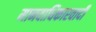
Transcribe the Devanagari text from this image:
मानवाधिकारवादी